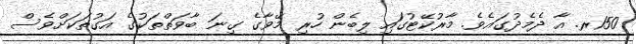
150ރ. އާ ދެމެދުގައެވެ. މާރުކޭޓުގައި ލިބެން ހުރި މޭވާގެ ގިނަ ބާވަތްތަކުގެ އަގުތަކަށްވެސް